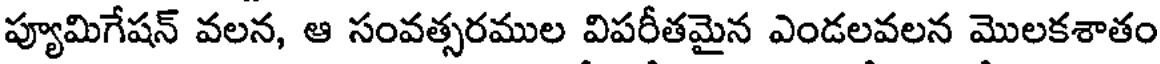
ప్యూమిగేషన్ వలన, ఆ సంవత్సరముల విపరీతమైన ఎండలవలన మొలకశాతం